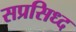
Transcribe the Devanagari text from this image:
सप्रसिध्द